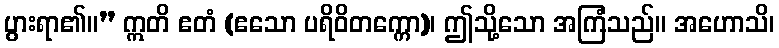
ပွားရာ၏။” ဣတိ ဧတံ (ဧသော ပရိဝိတက္ကော)၊ ဤသို့သော အကြံသည်။ အဟောသိ၊